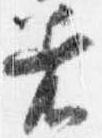
着